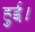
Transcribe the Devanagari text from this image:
हुुुुई।